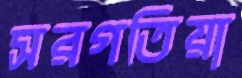
সরগতিয়া